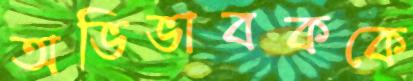
অভিভাবককে